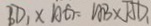
B D _ { 1 } \times A G = A B \times A D _ { 1 }